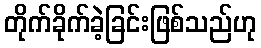
တိုက်ခိုက်ခဲ့ခြင်းဖြစ်သည်ဟု